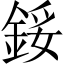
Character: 鋖